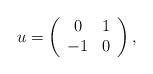
LaTeX: \begin{align*} u = \left( \begin{array}{cc} 0 & 1 \\ -1 & 0 \end{array} \right) ,\end{align*}